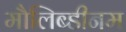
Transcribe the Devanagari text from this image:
मौलिब्डीनम